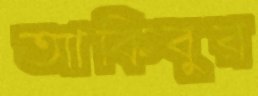
আকিবুর